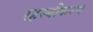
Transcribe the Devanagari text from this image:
रहस्यीकरण